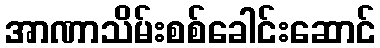
အာဏာသိမ်းစစ်ခေါင်းဆောင်